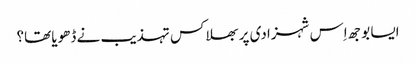
ایسا بوجھ اِس شہزادی پر بھلا کس تہذیب نے ڈھویا تھا؟